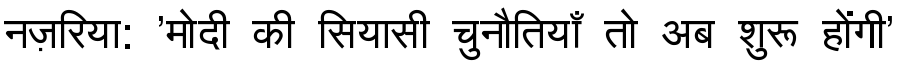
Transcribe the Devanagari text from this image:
नज़रिया: 'मोदी की सियासी चुनौतियाँ तो अब शुरू होंगी'